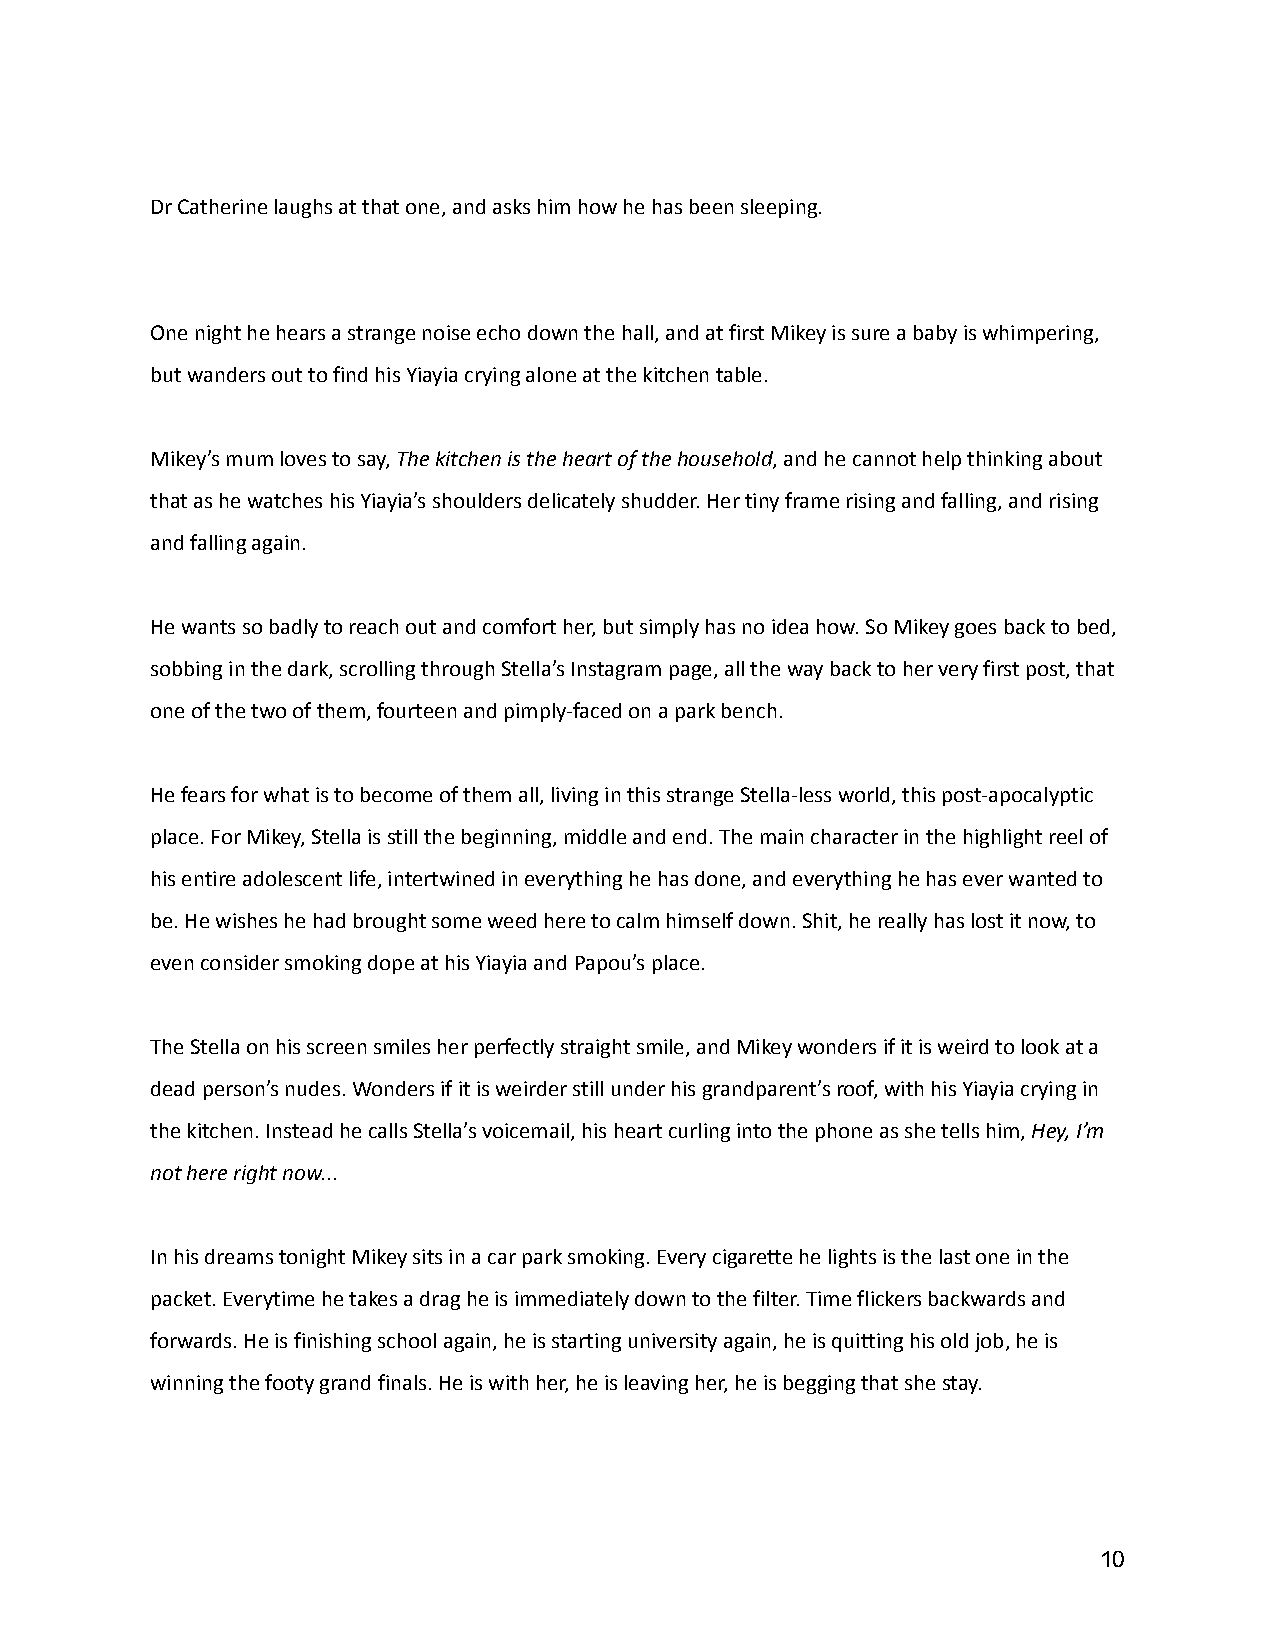
Dr Catherine laughs at that one, and asks him howhe has been sleeping.
 One night he hears a strange noise echo down the hall,and at first Mikey is sure a baby is whimpering,
 but wanders out to find his Yiayia crying alone atthe kitchen table.
 Mikey’s mum loves to say,The kitchen is the heartof the household, and he cannot help thinking about
 that as he watches his Yiayia’s shoulders delicatelyshudder. Her tiny frame rising and falling, and rising
 and falling again.
 He wants so badly to reach out and comfort her, butsimply has no idea how. So Mikey goes back to bed,
 sobbing in the dark, scrolling through Stella’s Instagrampage, all the way back to her very first post, that
 one of the two of them, fourteen and pimply-facedon a park bench.
 He fears for what is to become of them all, livingin this strange Stella-less world, this post-apocalyptic
 place. For Mikey, Stella is still the beginning, middleand end. The main character in the highlight reelof
 his entire adolescent life, intertwined in everythinghe has done, and everything he has ever wanted to
 be. He wishes he had brought some weed here to calmhimself down. Shit, he really has lost it now, to
 even consider smoking dope at his Yiayia and Papou’splace.
 The Stella on his screen smiles her perfectly straightsmile, and Mikey wonders if it is weird to look ata
 dead person’s nudes. Wonders if it is weirder stillunder his grandparent’s roof, with his Yiayia cryingin
 the kitchen. Instead he calls Stella’s voicemail,his heart curling into the phone as she tells him,Hey, I’m
 not here right now...
 In his dreams tonight Mikey sits in a car park smoking.Every cigarette he lights is the last one in the
 packet. Everytime he takes a drag he is immediatelydown to the filter. Time flickers backwards and
 forwards. He is finishing school again, he is startinguniversity again, he is quitting his old job, heis
 winning the footy grand finals. He is with her, heis leaving her, he is begging that she stay.
 10